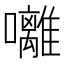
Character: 囄